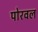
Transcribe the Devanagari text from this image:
पोरवल